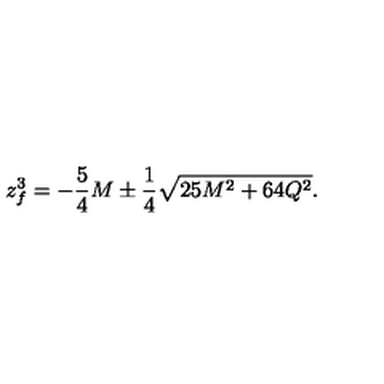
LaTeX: z _ { f } ^ { 3 } = - { \frac { 5 } { 4 } } M \pm { \frac { 1 } { 4 } } \sqrt { 2 5 M ^ { 2 } + 6 4 Q ^ { 2 } } .